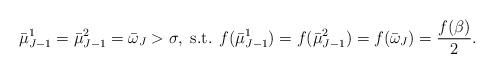
LaTeX: \begin{align*}\bar\mu^{1}_{J-1}=\bar\mu^{2}_{J-1}=\bar\omega_{J}>\sigma, \textrm{ s.t. } f(\bar\mu^{1}_{J-1})=f(\bar\mu^{2}_{J-1})=f(\bar\omega_{J})=\frac{f(\beta)}{2}.\end{align*}